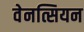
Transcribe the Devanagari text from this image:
वेनत्सियन